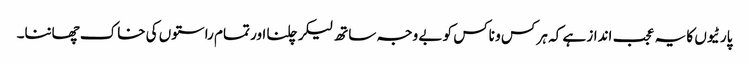
پارٹیوں کا یہ عجب انداز ہے کہ ہر کس و ناکس کو بے وجہ ساتھ لیکر چلنا اور تمام راستوں کی خاک چھاننا۔